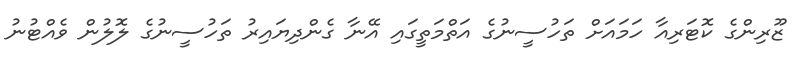
ޒޫރިންގެ ކޮޓަރިއާ ހަމައަށް ތަހުސީނުގެ އަތްމަތީގައި އޭނާ ގެންދިޔައިރު ތަހުސީނުގެ ލޮލުން ވެއްޓުނު